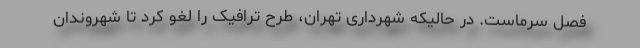
فصل سرماست. در حالیکه شهرداری تهران، طرح ترافیک را لغو کرد تا شهروندان